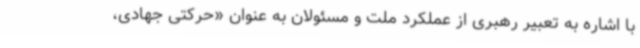
با اشاره به تعبیر رهبری از عملکرد ملت و مسئولان به عنوان «حرکتی جهادی،